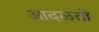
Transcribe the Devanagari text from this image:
आदळतो